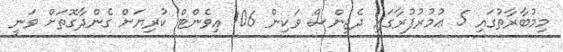
މިމުބާރާތުގައި 5 ޢުމުރުފުރާގައި ދެޖިންސް ވަކިން 106 އިވެންޓް ކުރިޔަށް ގެންދާގޮތަށް ވަނީ